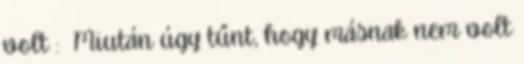
volt : Miután úgy tűnt, hogy másnak nem volt